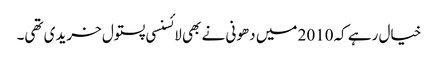
خیال رہے کہ2010 میں دھونی نے بھی لائسنسی پستول خریدی تھی۔